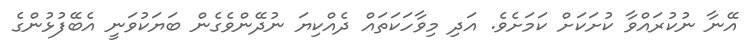
އޭނާ ނުކުރައްވާ ކުށަކަށް ކަމަށެވެ. އަދި މިވާހަކަތައް ދެއްކިޔަ ނުދޭންވެގެން ބަޔަކުވަނީ އެބޭފުޅުންގެ